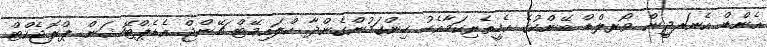
އެންޑް އެނަރޖީން ވޯރލްޑް ބޭންކުގެ އެހީތެރިކަމާއެކު ހިންގަމުންގެންދާ ކްލައިމޭޓް ޗޭންޖް އެޑެޕްޓޭޝަން ޕްރޮޖެކްޓް